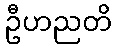
ဦဟညတိ